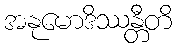
အနုမောဒိဿန္တီတိ